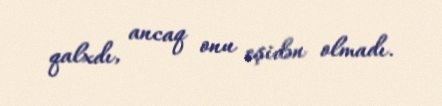
qalxdı, ancaq onu eşidən olmadı.